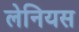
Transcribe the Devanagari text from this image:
लेनियस